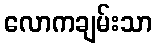
လောကချမ်းသာ